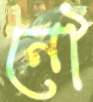
নৌ